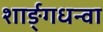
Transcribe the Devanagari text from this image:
शार्ङ्गधन्वा